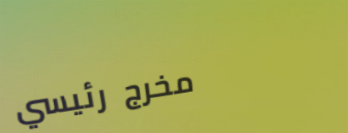
مخرج رئيسي